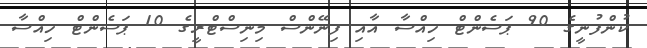
ކުންފުނީގެ 90 ޕަސެންޓް ހިއްސާ އާއި ފިނޭންސް މިނިސްޓްރީގެ 10 ޕަސެންޓް ހިއްސާ